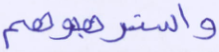
واسترهبوهم